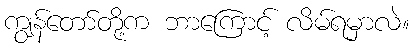
ကျွန်တော်တို့က ဘာကြောင့် လိမ်ရမှာလဲ။